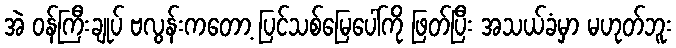
အဲ ဝန်ကြီးချုပ် ဗလွန်းကတော့ ပြင်သစ်မြေပေါ်ကို ဖြတ်ပြီး အသယ်ခံမှာ မဟုတ်ဘူး